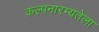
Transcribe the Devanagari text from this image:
कल्पनारम्यतेला